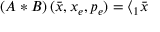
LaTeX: \left( A \ast B \right) ( \bar { x } , x _ { e } , p _ { e } ) = \langle _ { 1 } \bar { x }